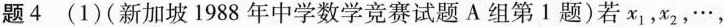
题4（1)（新加坡1988 年中学数学竞赛试题A 组第，题)若x_{1}，x_{2}，\cdots ,